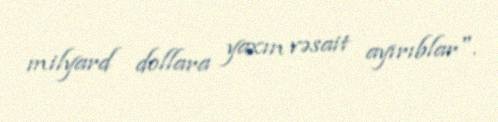
milyard dollara yaxın vəsait ayırıblar".